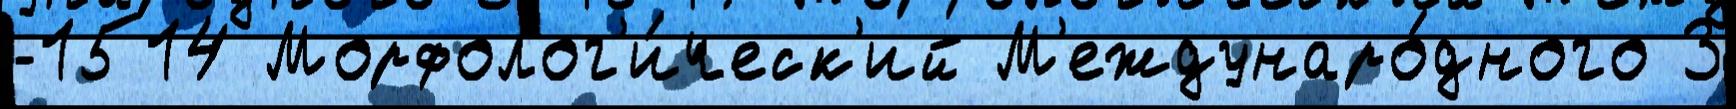
-1514 Морфолог'и́ческ'ий М'еждунаро́дного 3